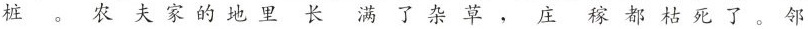
桩。农夫家的地里长满了杂草，庄稼都枯死了。邻